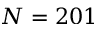
N = 2 0 1